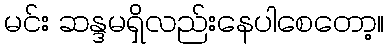
မင်း ဆန္ဒမရှိလည်းနေပါစေတော့။